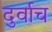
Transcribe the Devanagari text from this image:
दुर्वाच